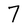
Character: 7